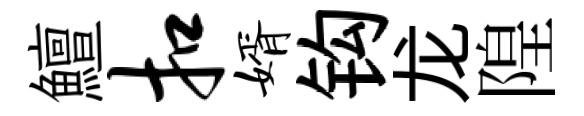
鱣扣婿钩龙隍